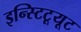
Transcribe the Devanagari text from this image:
इन्स्टिटूयूट